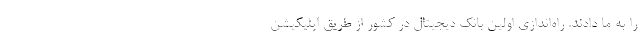
را به ما دادند. راه‌اندازی اولین بانک دیجیتال در کشور از طریق اپلیکیشن